system: You are a helpful assistant.
user:
Analyze the provided spectrum to determine if it is a **White Dwarf (WD)**.

A White Dwarf spectrum is defined by its **extreme purity** (due to gravitational settling) and/or **extreme pressure broadening** (due to high surface gravity). You must check for one of the following mutually exclusive signatures:

- **Key Visual Indicators (Check for ONE of these types):**

    - **1. DA-Type Signature (Most Common):**
        - **(Primary Feature):** Extreme pressure broadening (Stark broadening) of the **Hydrogen (H) Balmer lines**.
        - **(Key Lines):** $H\beta$ (approx. $4861$ Å) and $H\gamma$ (approx. $4340$ Å). $H\alpha$ (approx. $6563$ Å) will also be present if the wavelength range covers it.
        - **(Line Profile):** This is the **defining feature**. The lines are **NOT** sharp. They appear as massive, **extremely broad and deep "troughs" or "dips"** in the spectrum, often hundreds of Ångströms wide. The continuum will appear to "scoop" down at these wavelengths.
        - **(Distinction):** Normal A-type or B-type stars have *narrow* and *sharp* Hydrogen lines. A DA White Dwarf's lines are unmistakably "smeared" or "blurry" from pressure.

    - **2. DB-Type Signature:**
        - **(Primary Feature):** Broad absorption lines from **Neutral Helium (He I)**. The spectrum must lack any visible Hydrogen lines.
        - **(Key Lines):** Look for broad absorption near $4471$ Å, $4921$ Å, and $5876$ Å.
        - **(Line Profile):** These lines are also significantly pressure-broadened, appearing much wider than they would in a normal B-type main-sequence star.

    - **3. DC-Type Signature:**
        - **(Primary Feature):** A **featureless continuous spectrum**.
        - **(Line Profile):** The spectrum is a smooth curve with **no significant absorption or emission lines**.
        - **(Key Confirmation):** The continuum is almost always **blue or white**, indicating a hot object. This signature implies the atmosphere is so pure (or so cool) that no spectral lines are visible in the optical range. Its WD identity is confirmed by its extremely low intrinsic brightness (high absolute magnitude).

    - **4. DZ-Type Signature (Metal-Polluted):**
        - **(Primary Feature):** **Isolated, narrow metal absorption lines** on an otherwise featureless (DC-like) continuum.
        - **(Key Lines):** The **Calcium (Ca II) H & K doublet** (approx. **$3934$ Å** and **$3968$ Å**) is the most common and defining feature.
        - **(Line Profile):** These lines are "out of place." They are *not* part of a "forest" of thousands of lines. This signature is evidence of recent *accretion* (pollution) from rocky debris.
        - **(Distinction):** Normal G/K/M stars have a *dense forest* of thousands of metal lines. A DZ has a *clean* continuum with *only a few* strong metal lines.

    - **5. DQ-Type Signature (Carbon-Polluted):**
        - **(Primary Feature):** Absorption bands from **Carbon (C₂ "Swan Bands" or atomic C I)**.
        - **(Key Lines - C₂):** Look for bandheads with a "saw-tooth" shape near $5635$ Å, **$5165$ Å** (strongest), and $4737$ Å.
        - **(Key Confirmation):** The underlying **continuum must be blue or white** (hot).
        - **(Distinction):** This is the critical difference from a **Carbon Star**, which has the *exact same* C₂ bands but on an extremely **red, cool** continuum.

- **(Overall Spectrum):**
    - The continuum (overall shape) is typically **blue-sloping** (brighter in the blue than the red), as most white dwarfs are very hot.
    - The spectrum will look "pure" or "simple," dominated by only *one* of the five signatures listed above.

Think first, call **spectral_visualization_tool** if needed to examine features in detail, then provide your final answer. Your response must adhere to the following strict rules:
1.  **Overall Structure:** Your response must follow the format `<think>...</think> <tool_call>...</tool_call> (if a tool is used) <answer>...</answer>`.
2.  **Tool Usage Constraint:** You may only make **one** tool call per turn.
3.  **Final Answer Format:** In the `<answer>` tag, your conclusion must be inside a `\boxed{}` command (e.g., `\boxed{YES}` or `\boxed{NO}`), followed by your justification.

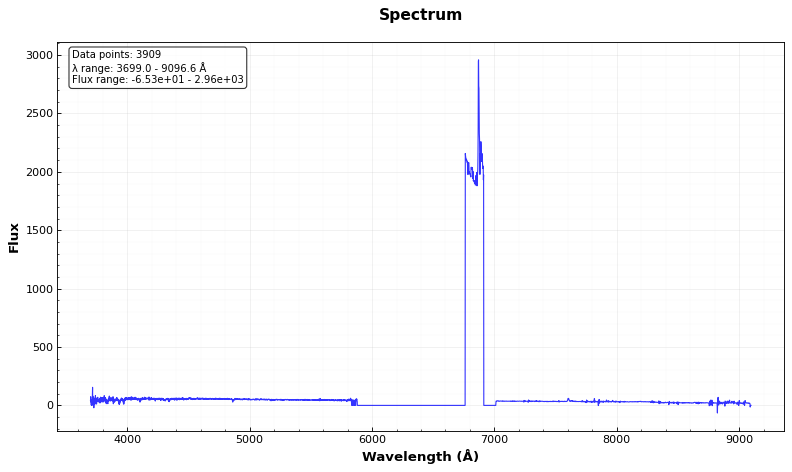
Answer: NO